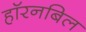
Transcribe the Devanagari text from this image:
हॉरनबिल